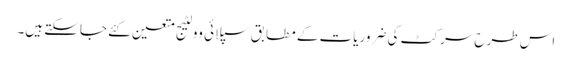
اس طرح سرکٹ کی ضروریات کے مطابق سپلائی وولٹیج متعین کئے جاسکتے ہیں۔